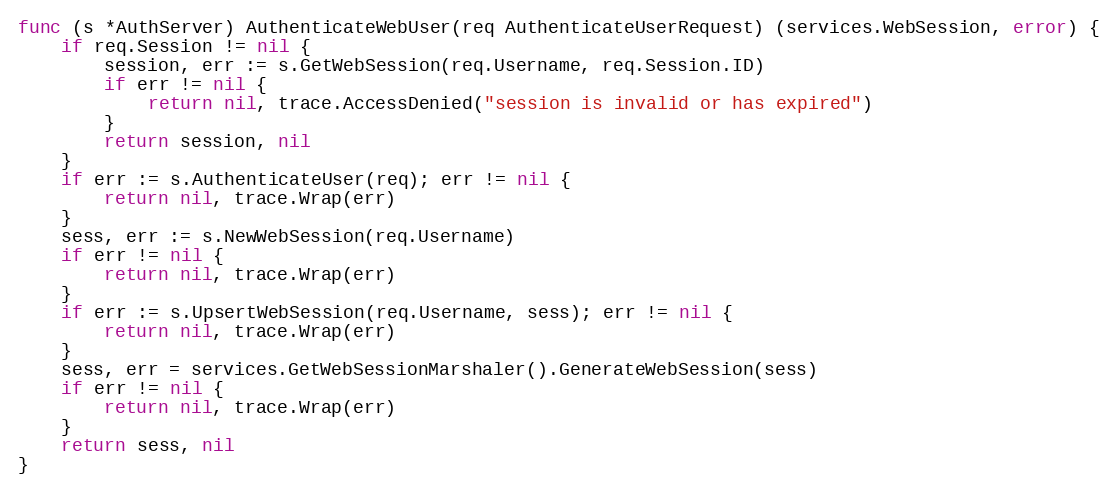
Language: Go
func (s *AuthServer) AuthenticateWebUser(req AuthenticateUserRequest) (services.WebSession, error) {
	if req.Session != nil {
		session, err := s.GetWebSession(req.Username, req.Session.ID)
		if err != nil {
			return nil, trace.AccessDenied("session is invalid or has expired")
		}
		return session, nil
	}
	if err := s.AuthenticateUser(req); err != nil {
		return nil, trace.Wrap(err)
	}
	sess, err := s.NewWebSession(req.Username)
	if err != nil {
		return nil, trace.Wrap(err)
	}
	if err := s.UpsertWebSession(req.Username, sess); err != nil {
		return nil, trace.Wrap(err)
	}
	sess, err = services.GetWebSessionMarshaler().GenerateWebSession(sess)
	if err != nil {
		return nil, trace.Wrap(err)
	}
	return sess, nil
}